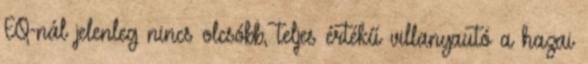
EQ-nál jelenleg nincs olcsóbb, teljes értékű villanyautó a hazai